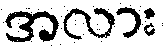
အလား